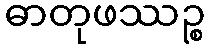
ဓာတုဖဿဉ္စ